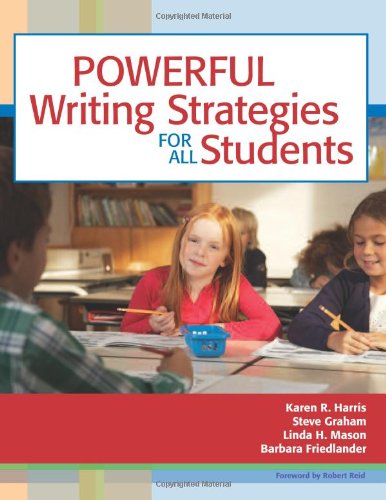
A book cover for Powerful Writing Strategies for All Students; Karen Harris Ed.D.; Education & Teaching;